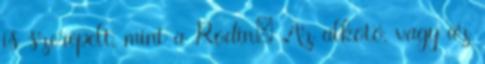
is szerepelt, mint a Rodin: Az alkotó, vagy az